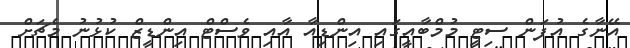
އޭނާގެ އުފަން ސިޓީ މުމްބާއީގައި އިންޑިއާ އާއި ވެސްޓް އިންޑީޒް ކުޅުނު މެޗަށް